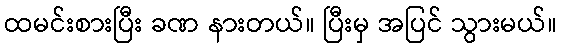
ထမင်းစားပြီး ခဏ နားတယ်။ ပြီးမှ အပြင် သွားမယ်။